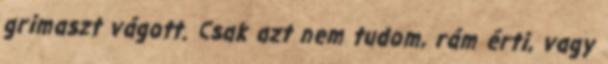
grimaszt vágott. Csak azt nem tudom, rám érti, vagy